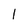
Character: 1